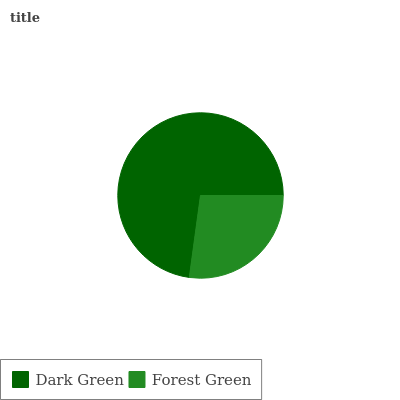
| Dark Green | Forest Green |
 | --- | --- |
 | 72.8% | 27.2% |